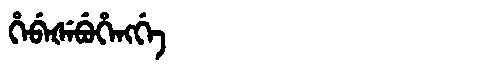
Manchu: ᡥᡝᠪᡝᡧᡝᠪᡠᡥᡝᠩᡤᡝ
Romanization: HEBEŠEBUHENGGE